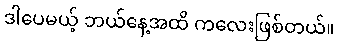
ဒါပေမယ့် ဘယ်နေ့အထိ ကလေးဖြစ်တယ်။